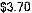
$3.70